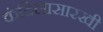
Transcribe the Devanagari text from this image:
कंदिलासारखी